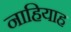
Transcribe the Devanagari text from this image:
नाहियाह